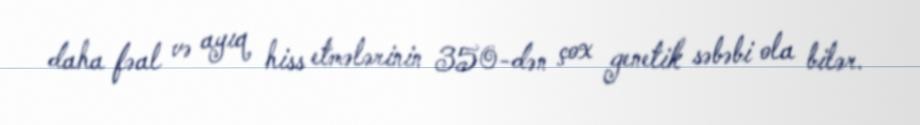
daha fəal və ayıq hiss etmələrinin 350-dən çox genetik səbəbi ola bilər.